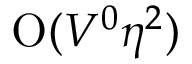
\mathrm { O } ( V ^ { 0 } \eta ^ { 2 } )